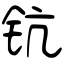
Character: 钪